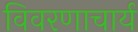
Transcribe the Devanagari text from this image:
विवरणाचार्य